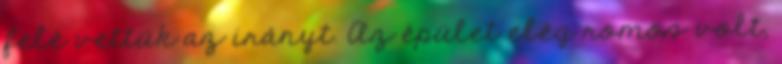
felé vettük az irányt. Az épület elég romos volt,